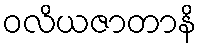
ဝလိယဇာတာနိ